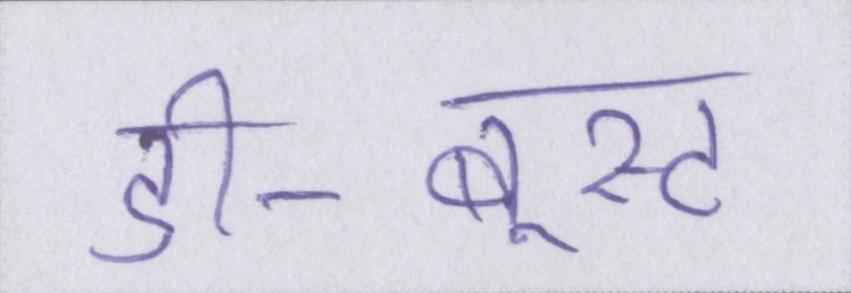
डी-बूस्ट